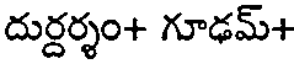
దుర్దర్శం+ గూఢమ్+